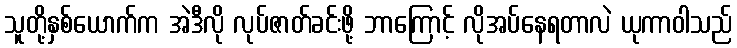
သူတို့နှစ်ယောက်က အဲဒီလို လုပ်ဇာတ်ခင်းဖို့ ဘာကြောင့် လိုအပ်နေရတာလဲ ယုကာဝါသည်